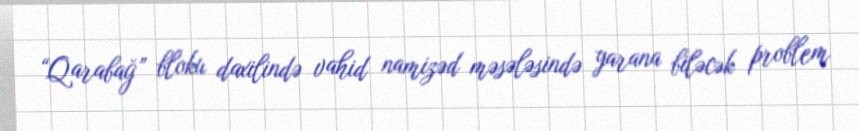
“Qarabağ” bloku daxilində vahid namizəd məsələsində yarana biləcək problem